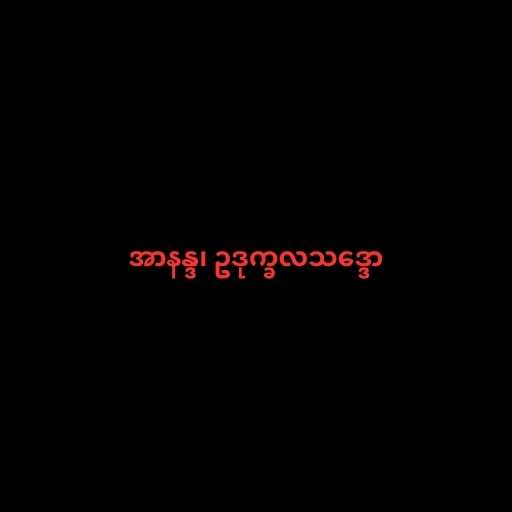
အာနန္ဒ၊ ဥဒုက္ခလသဒ္ဒော